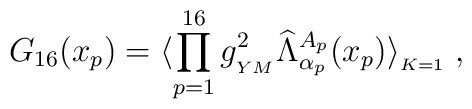
G_{16}(x_p) = \langle \prod_{p=1}^{16} g_{_{YM}}^2 \widehat \Lambda^{A_{p}}_{\alpha_{p}}(x_{p})  	\rangle_{_{K=1}} \; ,